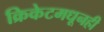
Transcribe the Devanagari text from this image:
क्रिकेटमधूनही